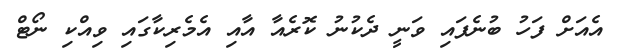
އެއަށް ފަހު ބުނެފައި ވަނީ ދެކުނު ކޮރެއާ އާއި އެމެރިކާގައި ވިއްކި ނޯޓް